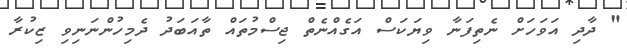
" ދާދި އަވަހަށް ނެތިފަނާ ވިޔަކަސް އަގެއްނެތް ޖިސްމުތައް ތާއަބަދު ދެމިހުންނަނިވި ޒިކުރާ